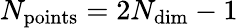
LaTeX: N_{\mathrm{points}}=2N_{\mathrm{dim}}-1